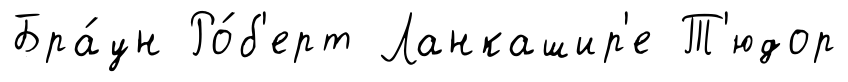
Бра́ун Ро́б'ерт Ланкашир'е Т'юдор